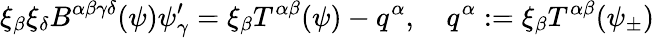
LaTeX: \xi_{\beta}\xi_{\delta}B^{\alpha\beta\gamma\delta}(\psi)\psi_{\gamma}^{\prime}=\xi_{\beta}T^{\alpha\beta}(\psi)-q^{\alpha},\quad q^{\alpha}:=\xi_{\beta}T^{\alpha\beta}(\psi_{\pm})